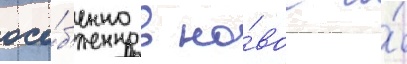
осо́б'енно в но́вое и́